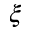
\boldsymbol { \xi }